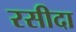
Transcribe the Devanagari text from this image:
रसीदा